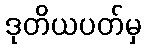
ဒုတိယပတ်မှ